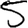
Digit: 5